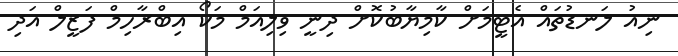
ނިއު ލަނޑުތައް އެޓީމަށް ކާމިޔާބުކޮށް ދިނީ ވިލިއަމް މަކޯ އިބްރާހިމް ފަޒީލް އަދި